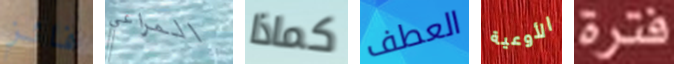
فائز المراعي كماذا العطف الأوعية فترة